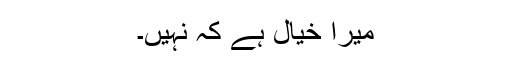
میرا خیال ہے کہ نہیں۔